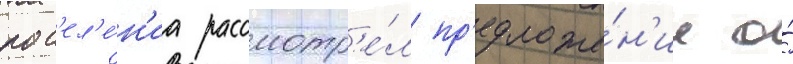
пос'ел'е́н'иа рассмотр'е́л пр'едложе́н'ие о́